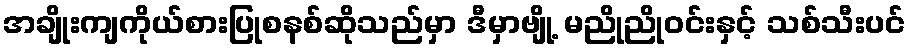
အချိုးကျကိုယ်စားပြုစနစ်ဆိုသည်မှာ ဒီမှာဗျို့ မညိုညိုဝင်းနှင့် သစ်သီးပင်